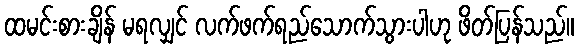
ထမင်းစားချိန် မရလျှင် လက်ဖက်ရည်သောက်သွားပါဟု ဖိတ်ပြန်သည်။